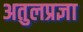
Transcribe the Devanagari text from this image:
अतुलप्रज्ञा